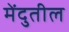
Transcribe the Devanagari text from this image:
मेंदुतील